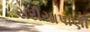
સરીયાપાણી